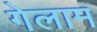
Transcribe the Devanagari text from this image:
गेलाम